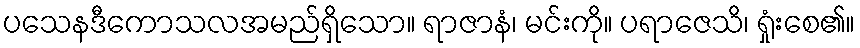
ပသေနဒီကောသလအမည်ရှိသော။ ရာဇာနံ၊ မင်းကို။ ပရာဇေသိ၊ ရှုံးစေ၏။